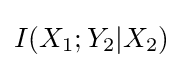
I(X_{1};Y_{2}|X_{2})